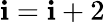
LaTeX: \mathbf{i}=\mathbf{i}+2